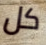
كل